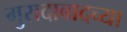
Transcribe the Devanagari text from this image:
मुरादाबादच्या